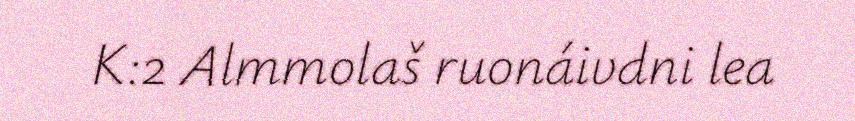
K:2 Almmolaš ruonáivdni lea